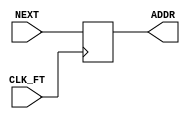
module PC(
	input CLK_FT,
	input [15:0] NEXT,
	output reg [15:0] ADDR
);

always @(posedge CLK_FT) begin
	ADDR <= NEXT;
end

endmodule